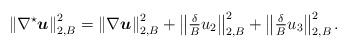
\begin{align*}\left\|\nabla^\star{ \boldsymbol u}\right\|_{2,B}^2=\left\|\nabla { \boldsymbol u}\right\|_{2,B}^2+\left\|\tfrac{\delta}{B}u_2\right\|_{2,B}^2+\left\|\tfrac{\delta}{B}u_3\right\|_{2,B}^2.\end{align*}